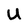
Character: U